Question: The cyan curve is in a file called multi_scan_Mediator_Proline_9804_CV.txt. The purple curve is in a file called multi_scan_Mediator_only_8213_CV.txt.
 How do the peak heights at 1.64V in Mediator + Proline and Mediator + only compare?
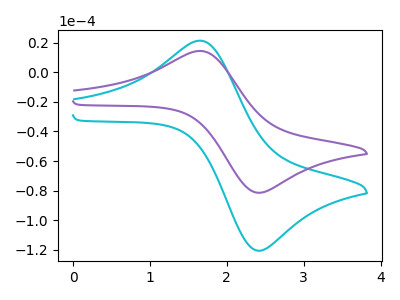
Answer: <think>The cyan curve "Mediator + Proline" has an anodic peak at (1.65V, 21.40uA) and a cathodic peak at (2.45V, -120.35uA). The purple curve "Mediator + only" has an anodic peak at (1.65V, 14.45uA) and a cathodic peak at (2.45V, -81.25uA).</think>
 <answer>The peak at 1.64V is higher in "Mediator + Proline" than in "Mediator + only".</answer>
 <eval>higher</eval>